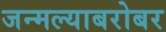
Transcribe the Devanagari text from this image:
जन्मल्याबरोबर